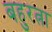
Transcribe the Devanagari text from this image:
बहुरत्ना